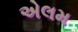
એલમ